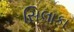
સિલાકા